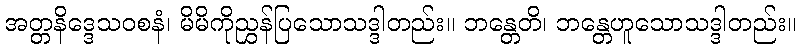
အတ္တနိဒ္ဒေသဝစနံ၊ မိမိကိုညွှန်ပြသောသဒ္ဒါတည်း။ ဘန္တေတိ၊ ဘန္တေဟူသောသဒ္ဒါတည်း။